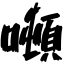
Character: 噸